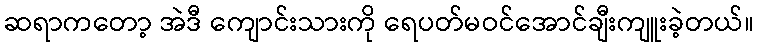
ဆရာကတော့ အဲဒီ ကျောင်းသားကို ရေပတ်မဝင်အောင်ချီးကျူးခဲ့တယ်။